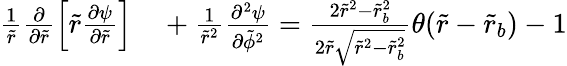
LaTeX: \begin{array}{rl}{\frac{1}{\tilde{r}}\frac{\partial}{\partial\tilde{r}}\left[\tilde{r}\frac{\partial\psi}{\partial\tilde{r}}\right]}&{{}+\frac{1}{\tilde{r}^{2}}\frac{\partial^{2}\psi}{\partial\tilde{\phi}^{2}}=\frac{2\tilde{r}^{2}-\tilde{r}_{b}^{2}}{2\tilde{r}\sqrt{\tilde{r}^{2}-\tilde{r}_{b}^{2}}}\theta(\tilde{r}-\tilde{r}_{b})-1}\end{array}